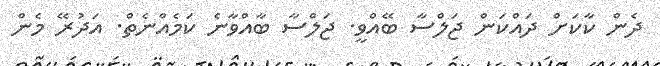
ދެން ކާކަށް ދައްކަން ޖަލްސާ ބޭއްވީ. ޖަލްސާ ބާއްވާނެ ކަމެއްނެތް. އަދުރޭ މެން